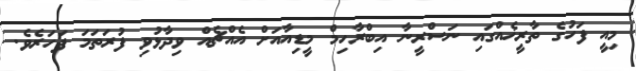
މިއީ ފަހުގެ ތާރީޚެއްގައި ނަސްރީނާ އިބްރާހިމް މީޑިއާއަށް އެއްޗެއް ވިދާޅުވި ފުރަތަމަ ފަހަރެވެ.